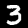
Digit: 3